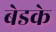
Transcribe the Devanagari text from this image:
बेडके